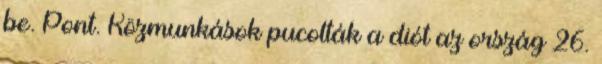
be. Pont. Közmunkások pucolták a diót az ország 26.